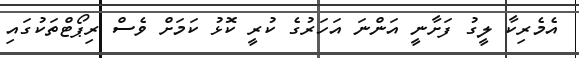
އެމެރިކާ ލީގު ފަށާނީ އަންނަ އަހަރުގެ ކުރީ ކޮޅު ކަމަށް ވެސް ރިޕޯޓްތަކުގައި